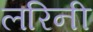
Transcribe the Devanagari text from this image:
लरिनी